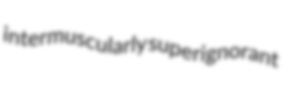
intermuscularly superignorant